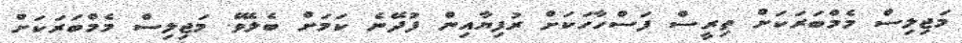
މަޖިލިސް މެމްބަރަކަށް ތިރީސް ފަސްހާހަކަށް ރުފިޔާއިން ފުދޭނެ ކަމަށް ބެލެވޭ. މަޖިލިސް މެމްބަރަކަށް